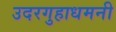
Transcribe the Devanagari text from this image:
उदरगुहाधमनी